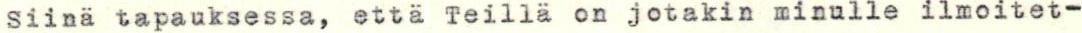
Siinä tapauksessa, että Teillä on jotakin minulle ilmoitet-